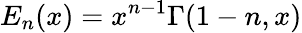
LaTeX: E_{n}(x)=x^{n-1}\Gamma(1-n,x)